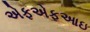
એફએફઆઇ